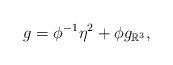
LaTeX: \begin{align*}g=\phi^{-1}\eta^2+\phi g_{\mathbb{R}^3},\end{align*}